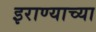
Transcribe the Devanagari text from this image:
इराण्याच्या